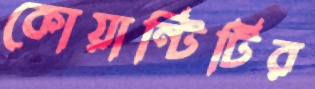
কোয়ান্টিটির